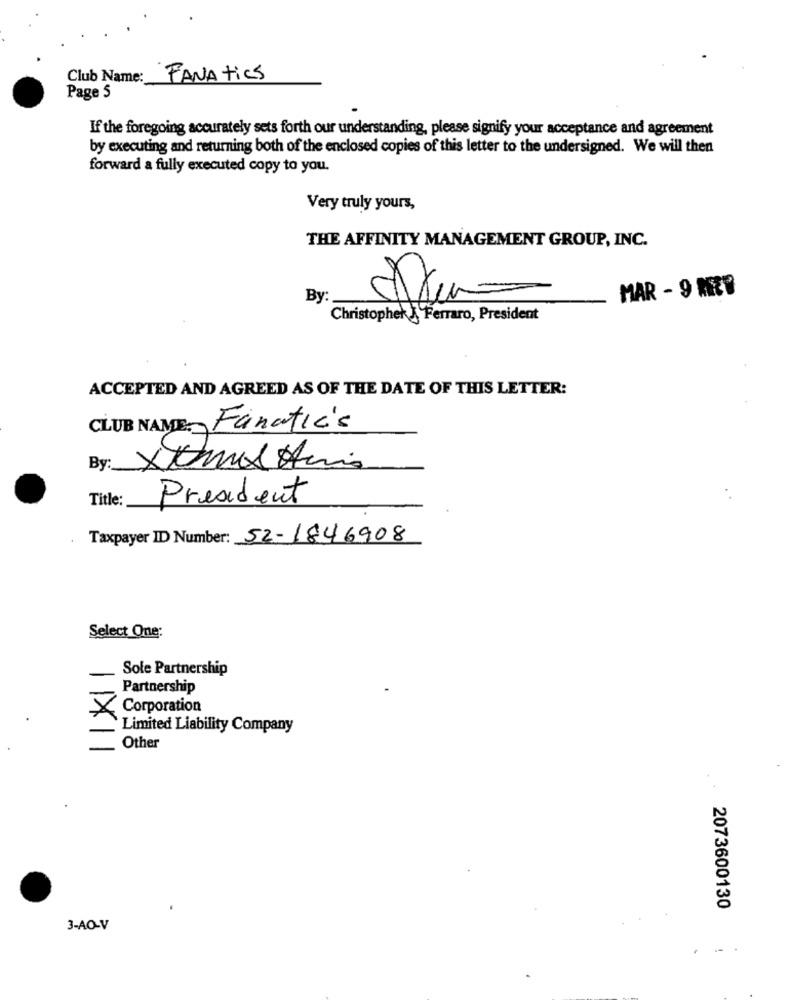
Club Name:
FANAtics
Page 5
If the foregoing accurately sets forth our understanding, please signify your acceptance and agreement
by executing and returning both of the enclosed copies of this letter to the undersigned. We will then
forward a fully executed copy to you.
Very truly yours,
THE AFFINITY MANAGEMENT GROUP, INC.
MAR - 9 MET
By
Christopher J Ferraro, President
ACCEPTED AND AGREED AS OF THE DATE OF THIS LETTER:
CLUB NAME: Fanatic's
By
Title:
President
Taxpayer ID Number: 52-1846908
Select One:
Sole Partnership
Partnership
X Corporation
Limited Liability Company
Other
..
.
2073600130
3-AO-V